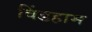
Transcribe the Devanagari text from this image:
विंडहाम